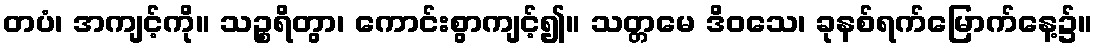
တပံ၊ အကျင့်ကို။ သဉ္စရိတွာ၊ ကောင်းစွာကျင့်၍။ သတ္တမေ ဒိဝသေ၊ ခုနစ်ရက်မြောက်နေ့၌။